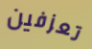
تعزفين